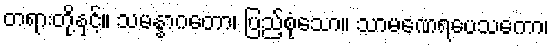
တရားတို့နှင့်။ သမန္နာဂတော၊ ပြည့်စုံသော။ သာမဏေရပေသကော၊